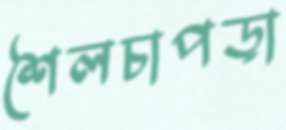
শৈলচাপড়া